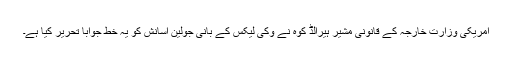
امریکی وزارتِ خارجہ کے قانونی مشیر ہیرالڈ کوہ نے وکی لیکس کے بانی جولین اسانش کو یہ خط جواباً تحریر کیا ہے۔